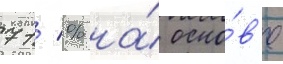
71 % на́ осно́в'е